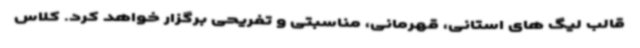
قالب لیگ های استانی، قهرمانی، مناسبتی و تفریحی برگزار خواهد کرد. کلاس